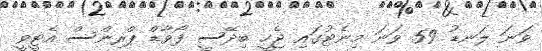
ވަނަ ލަނޑު 59 ވަނަ މިނެޓުގައި ޖެހީ ބިދޭސީ ފޯވާޑް ޕްރިންސް އެޓީވީ